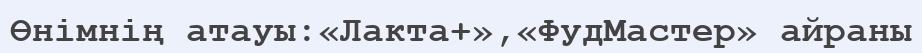
Өнімнің атауы:«Лакта+»,«ФудМастер» айраны